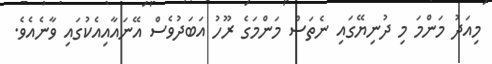
މިއަދު މަންމަ މި ދުނިޔޭގައި ނެތަސް މަންމަގެ ރޫހު އަބަދުވެސް އޭނައާއިއެކުގައި ވާނެއެވެ.